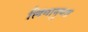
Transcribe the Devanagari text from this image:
लिंगानुपत